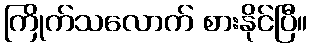
ကြိုက်သလောက် စားနိုင်ပြီ။